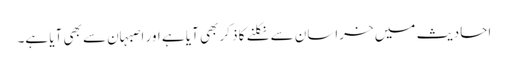
احادیث میں خراسان سے نکلنے کا ذکر بھی آیا ہے اور اصبہان سے بھی آیا ہے۔